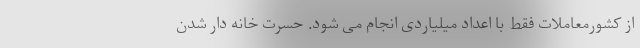
از کشورمعاملات فقط با اعداد میلیاردی انجام می شود. حسرت خانه دار شدن